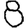
Digit: 8